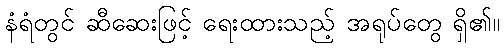
နံရံတွင် ဆီဆေးဖြင့် ရေးထားသည့် အရုပ်တွေ ရှိ၏။